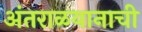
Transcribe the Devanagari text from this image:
अंतराळयानाची